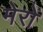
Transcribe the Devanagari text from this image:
मेरों